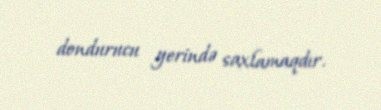
dondurucu yerində saxlamaqdır.